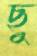
ছু